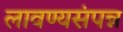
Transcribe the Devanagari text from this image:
लावण्यसंपन्न